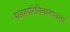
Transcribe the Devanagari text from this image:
महापरिनिवाणानंतर